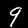
Label: 9